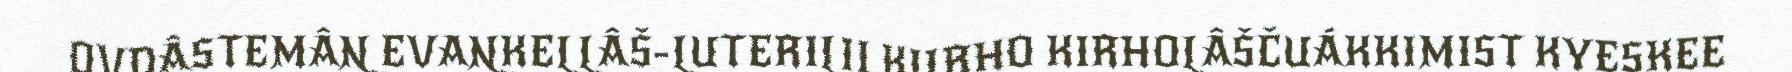
OVDÂSTEMÂN EVANKELLÂŠ-LUTERILII KIIRHO KIRHOLÂŠČUÁKKIMIST KYESKEE